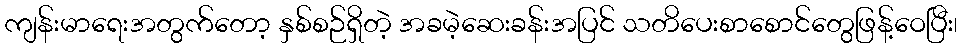
ကျန်းမာရေးအတွက်တော့ နှစ်စဉ်ရှိတဲ့ အခမဲ့ဆေးခန်းအပြင် သတိပေးစာစောင်တွေဖြန့်ဝေပြီး၊